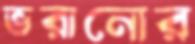
ভরানোর